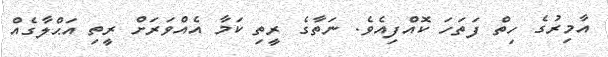
އާމިރުގެ ހިތް ފަތަހަ ކޮއްފިއެވެ. ނަތާގެ ރީތި ކަމާ އެއްވަރަށް ރީތި އަޙްލާގެއް